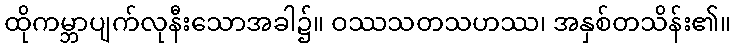
ထိုကမ္ဘာပျက်လုနီးသောအခါ၌။ ဝဿသတသဟဿ၊ အနှစ်တသိန်း၏။